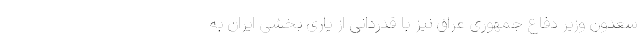
سعدون وزیر دفاع جمهوری عراق نیز با قدردانی از یاری بخشی ایران به